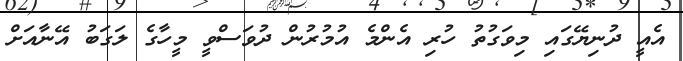
އެއީ ދުނިޔޭގައި މިވަގުތު ހުރި އެންމެ އުމުރުން ދުވަސްވީ މީހާގެ ލަގަބު އޭނާއަށް